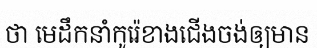
ថា មេដឹកនាំកូរ៉េខាងជើងចង់ឲ្យមាន